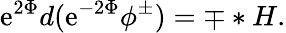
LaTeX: \mathrm{e}^{2\Phi}d(\mathrm{e}^{-2\Phi}\phi^{\pm})=\mp*H.